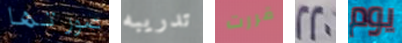
صورتها تدريبه قررت 220 يوم